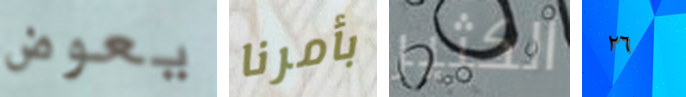
يعوض بأمرنا الكثير ٢٦